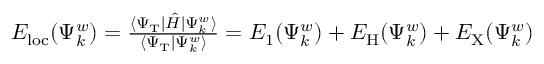
\begin{array} { r } { E _ { \mathrm { { l o c } } } ( \Psi _ { k } ^ { w } ) = \frac { \langle \Psi _ { \mathrm { T } } | \hat { H } | \Psi _ { k } ^ { w } \rangle } { \langle \Psi _ { \mathrm { T } } | \Psi _ { k } ^ { w } \rangle } = E _ { 1 } ( \Psi _ { k } ^ { w } ) + E _ { \mathrm { H } } ( \Psi _ { k } ^ { w } ) + E _ { \mathrm { X } } ( \Psi _ { k } ^ { w } ) } \end{array}